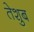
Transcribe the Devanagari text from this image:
तेशुब